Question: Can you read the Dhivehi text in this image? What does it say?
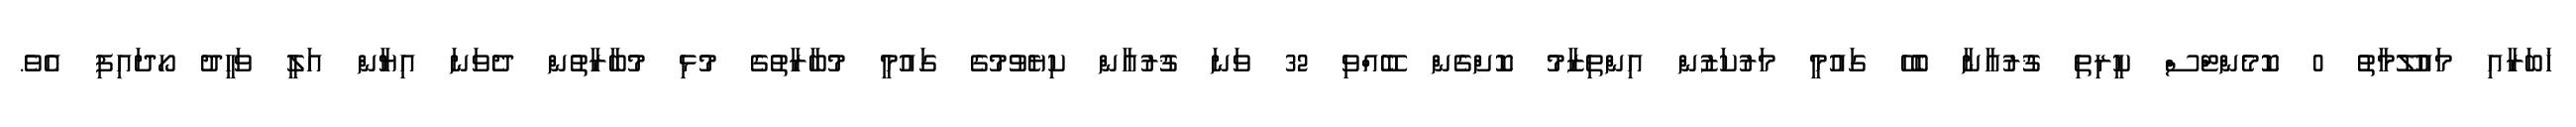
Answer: ޚަބަރާއި މައުލޫމާތު 0 ކޮމެންޓްސް ކީރިތި ޤުރުއާނާ ބެހޭ ގައުމީ މަރުކަޒުން އިންތިޒާމު ކޮށްގެން ބޭއްވި 32 ވަނަ ޤުރުއާން ކިޔެވުމުގެ ގައުމީ މުބާރާތުގެ މުޅި މުބާރާތުން ދެވަނަ އިޔާން އަލީ ވަހީދު ހޯދައިފި އެވެ.